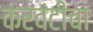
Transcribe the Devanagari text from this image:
करवंटीचा